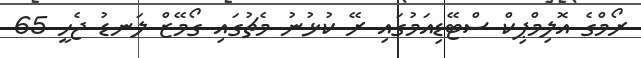
ރޯމްގެ އޮލިމްޕިކް ސްޓޭޑިއަމުގައި ރޭ ކުުޅުނު މެޗުގައި ގޯމޭޒް ލަނޑު ޖެހީ 65